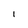
Character: 1